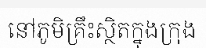
នៅភូមិគ្រឹះស្ថិតក្នុងក្រុង